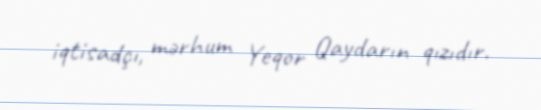
iqtisadçı, mərhum Yeqor Qaydarın qızıdır.